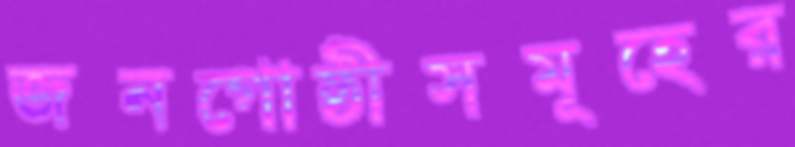
জনগোষ্ঠীসমূহের